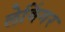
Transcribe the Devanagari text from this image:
लेविंगर